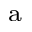
^ \mathrm { a }